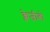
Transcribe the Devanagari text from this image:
क्वेजीबो